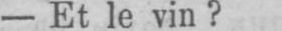
- Et le vin?